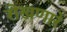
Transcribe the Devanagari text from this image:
रोखणारे